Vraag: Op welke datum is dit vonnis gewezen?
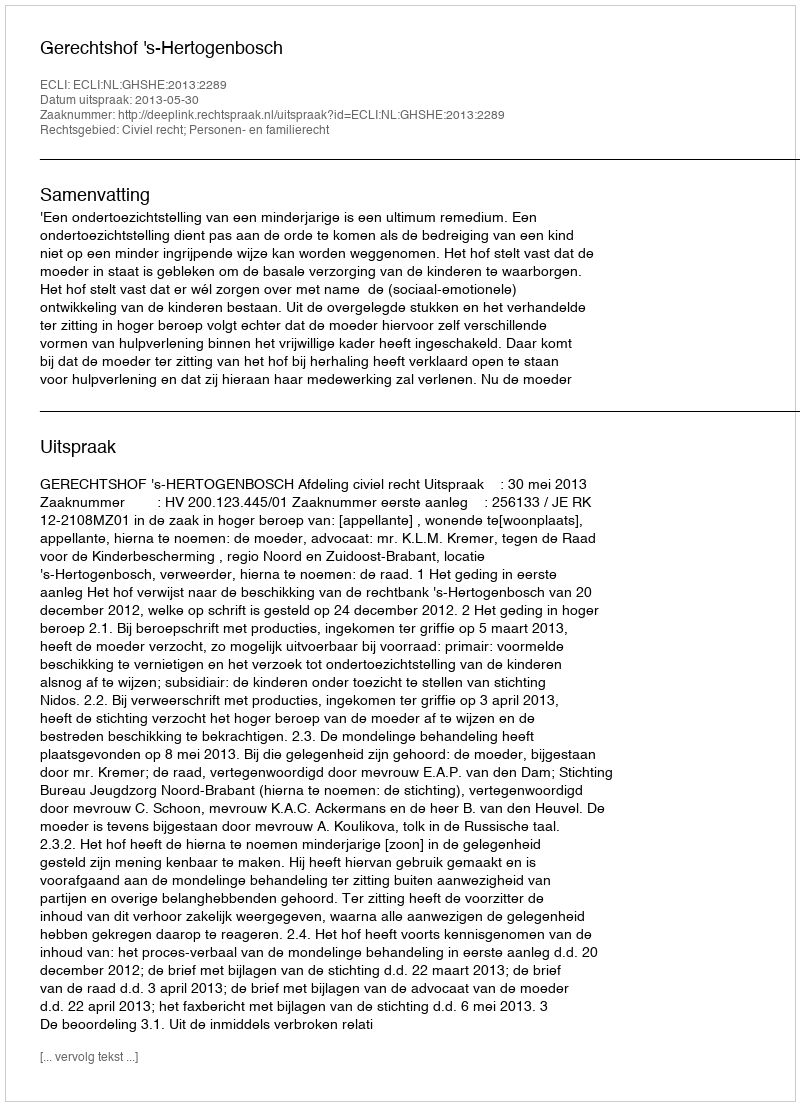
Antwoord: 2013-05-30